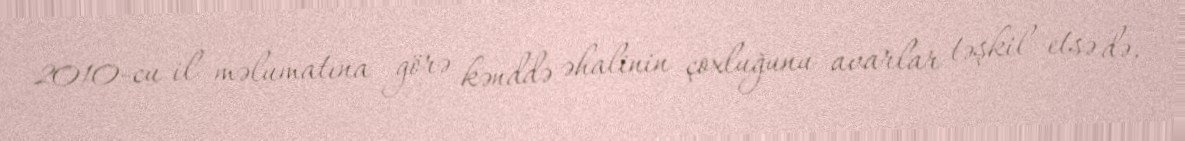
2010-cu il məlumatına görə kənddə əhalinin çoxluğunu avarlar təşkil etsə də,